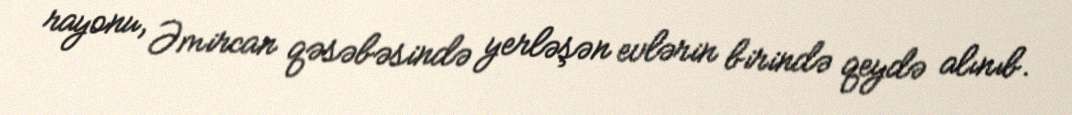
rayonu, Əmircan qəsəbəsində yerləşən evlərin birində qeydə alınıb.